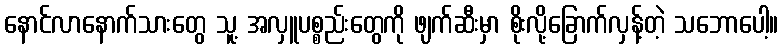
နောင်လာနောက်သားတွေ သူ့ အလှူပစ္စည်းတွေကို ဖျက်ဆီးမှာ စိုးလို့ခြောက်လှန့်တဲ့ သဘောပေါ့။